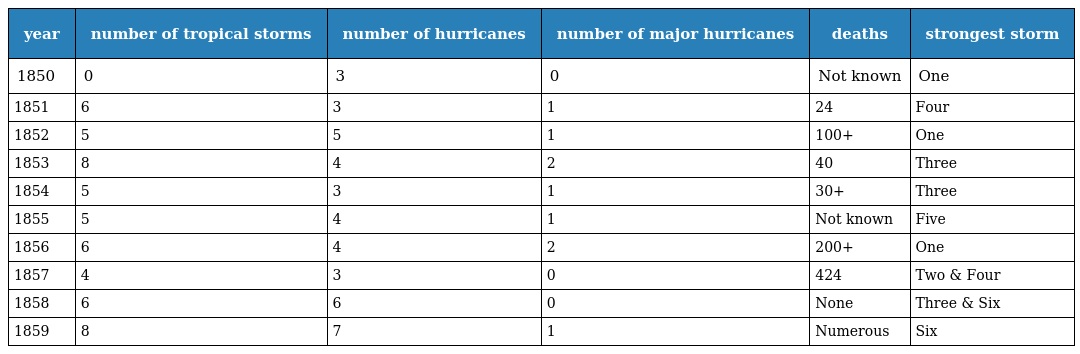
| year | number of tropical storms | number of hurricanes | number of major hurricanes | deaths | strongest storm |
 | --- | --- | --- | --- | --- | --- |
 | 1850 | 0 | 3 | 0 | Not known | One |
 | 1851 | 6 | 3 | 1 | 24 | Four |
 | 1852 | 5 | 5 | 1 | 100+ | One |
 | 1853 | 8 | 4 | 2 | 40 | Three |
 | 1854 | 5 | 3 | 1 | 30+ | Three |
 | 1855 | 5 | 4 | 1 | Not known | Five |
 | 1856 | 6 | 4 | 2 | 200+ | One |
 | 1857 | 4 | 3 | 0 | 424 | Two & Four |
 | 1858 | 6 | 6 | 0 | None | Three & Six |
 | 1859 | 8 | 7 | 1 | Numerous | Six |